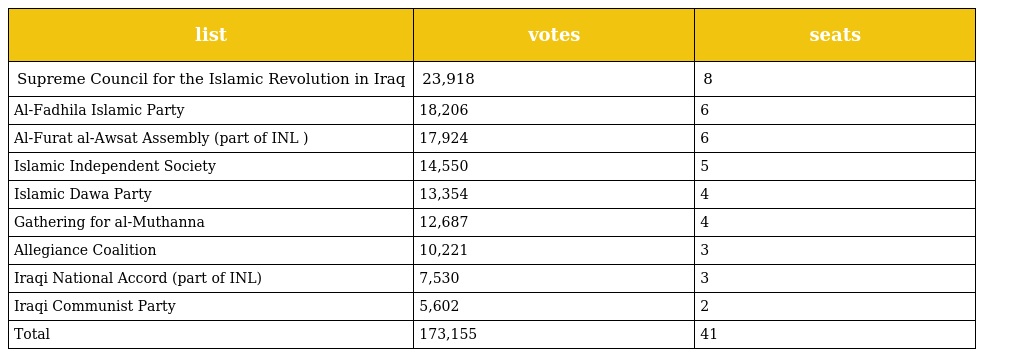
| list | votes | seats |
 | --- | --- | --- |
 | Supreme Council for the Islamic Revolution in Iraq | 23,918 | 8 |
 | Al-Fadhila Islamic Party | 18,206 | 6 |
 | Al-Furat al-Awsat Assembly (part of INL ) | 17,924 | 6 |
 | Islamic Independent Society | 14,550 | 5 |
 | Islamic Dawa Party | 13,354 | 4 |
 | Gathering for al-Muthanna | 12,687 | 4 |
 | Allegiance Coalition | 10,221 | 3 |
 | Iraqi National Accord (part of INL) | 7,530 | 3 |
 | Iraqi Communist Party | 5,602 | 2 |
 | Total | 173,155 | 41 |